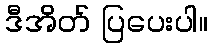
ဒီအိတ် ပြပေးပါ။